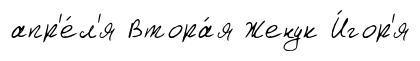
апр'е́л'я Втора́я Женук И́гор'я